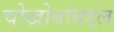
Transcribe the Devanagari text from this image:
चोखोबांबद्दल